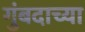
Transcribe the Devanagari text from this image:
गुंबदाच्या